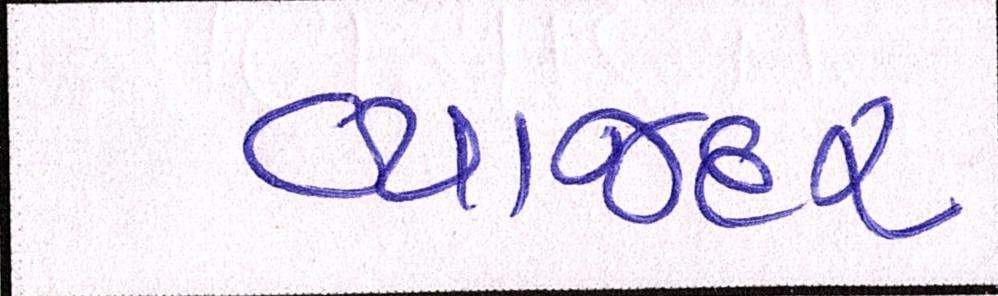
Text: વ્યાજદર